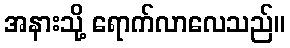
အနားသို့ ရောက်လာလေသည်။